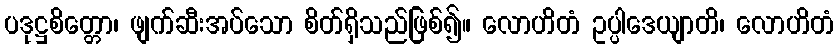
ပဒုဋ္ဌစိတ္တော၊ ဖျက်ဆီးအပ်သော စိတ်ရှိသည်ဖြစ်၍။ လောဟိတံ ဥပ္ပါဒေယျာတိ၊ လောဟိတံ